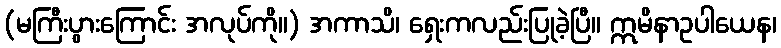
(မကြီးပွားကြောင်း အလုပ်ကို။) အကာသိ၊ ရှေးကလည်းပြုခဲ့ပြီ။ ဣမိနာဥပါယေန၊